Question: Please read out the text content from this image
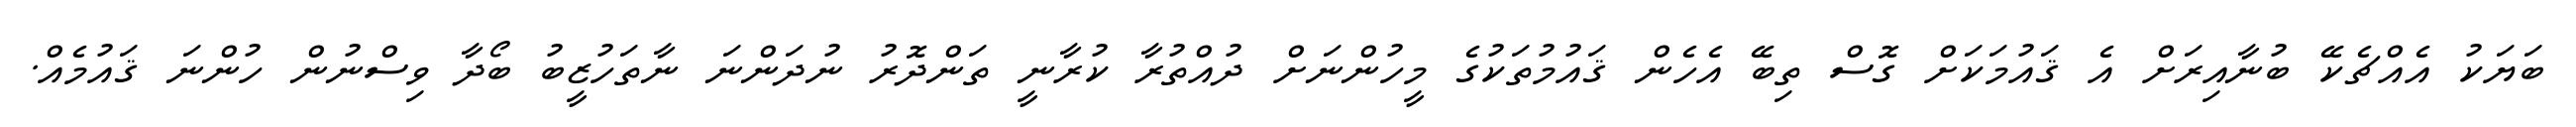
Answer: ބަޔަކު އެއްޗެކޭ ބުނާއިރަށް އެ ޤައުމަކަށް ގޮސް ތިބޭ އެހެން ޤައުމުތަކުގެ މީހުންނަށް ދުއްތުރާ ކުރާނީ ތަންދޮރު ނުދަންނަ ނާތަހުޒީބު ބޯދާ ވިސްނުން ހުންނަ ޤައުމެއް.